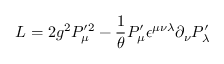
{ \sl L } = 2 g ^ { 2 } P _ { \mu } ^ { \prime 2 } - { \frac { 1 } { \theta } } P _ { \mu } ^ { \prime } \epsilon ^ { \mu \nu \lambda } \partial _ { \nu } P _ { \lambda } ^ { \prime }